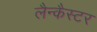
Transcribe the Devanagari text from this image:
लैन्कैस्टर